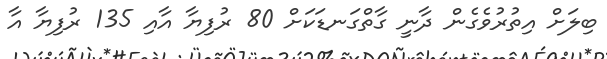
ބިލަށް އިތުރުވެގެން ދާނީ ގާތްގަނޑަކަށް 80 ރުފިޔާ އާއި 135 ރުފިޔާ އާ